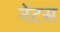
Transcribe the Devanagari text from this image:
नेटस